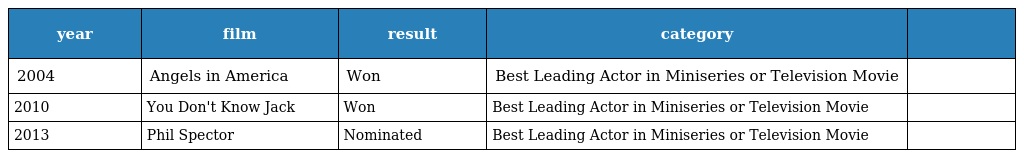
| year | film | result | category |  |
 | --- | --- | --- | --- | --- |
 | 2004 | Angels in America | Won | Best Leading Actor in Miniseries or Television Movie |  |
 | 2010 | You Don't Know Jack | Won | Best Leading Actor in Miniseries or Television Movie |  |
 | 2013 | Phil Spector | Nominated | Best Leading Actor in Miniseries or Television Movie |  |